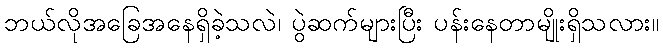
ဘယ်လိုအခြေအနေရှိခဲ့သလဲ၊ ပွဲဆက်များပြီး ပန်းနေတာမျိုးရှိသလား။